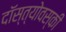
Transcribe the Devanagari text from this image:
दॉस्त्योवस्की